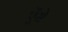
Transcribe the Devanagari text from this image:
ऐंसे